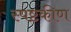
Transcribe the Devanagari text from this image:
स्पष्टकीण